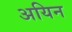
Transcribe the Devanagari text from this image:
अयिन